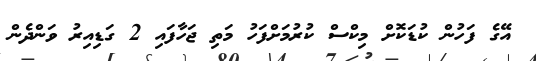
އޭގެ ފަހުން ކުޑަކޮށް މިކްސް ކުރުމަށްފަހު މަތި ޖަހާފައި 2 ގަޑިއިރު ވަންދެން